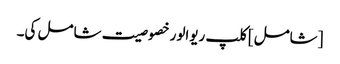
[شامل] کلپ ریوالور خصوصیت شامل کی۔